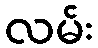
လမ်း